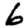
Digit: 6